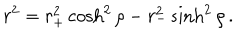
LaTeX: r ^ { 2 } = r _ { + } ^ { 2 } \cosh ^ { 2 } \rho - r _ { - } ^ { 2 } \sinh ^ { 2 } \rho \, .